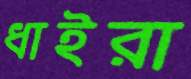
ধাইরা